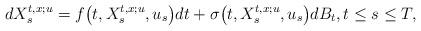
LaTeX: \begin{align*}d X_s^{t,x;u} = f\bigl(t, X_s^{t,x; u}, u_s\bigr) dt + \sigma\bigl(t, X_s^{t,x; u}, u_s\bigr)dB_t, t \le s \le T, & \end{align*}